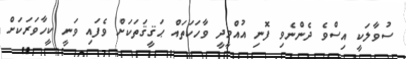
ސުވާލަކީ އިސްވެ ދެންނެވި ފޮނި އުއްމީދީ ވާހަކަތައް ޙަޤީޤަތަކަށް ވެފައި ވަނީ ކީހާވަރަކަށް